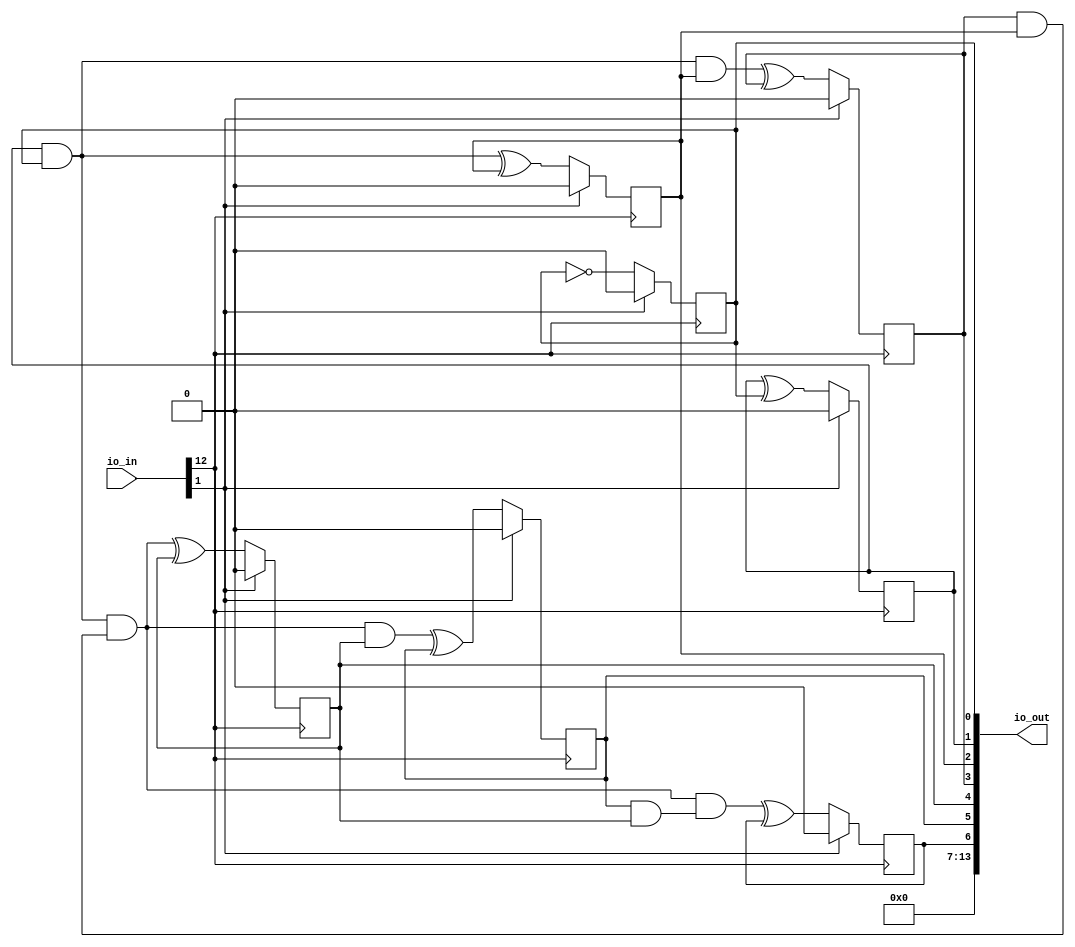
/* Generated by Yosys 0.25+83 (git sha1 755b753e1, aarch64-apple-darwin20.2-clang 10.0.0-4ubuntu1 -fPIC -Os) */

/* top =  1  */
/* src = "d43_mmx_counter/src/wrapper.v:2.9-13.18" */
module d43_mmx_counter(io_in, io_out);
  wire _00_;
  wire _01_;
  wire _02_;
  wire _03_;
  wire _04_;
  wire _05_;
  wire _06_;
  /* force_downto = 32'd1 */
  /* src = "d43_mmx_counter/src/wrapper.v:8.22-11.14|d43_mmx_counter/src/chip.v:20.24-20.38|/Users/anish/workspace/oss-cad-suite/libexec/../share/yosys/techmap.v:270.23-270.24" */
  wire [6:0] _07_;
  /* force_downto = 32'd1 */
  /* src = "d43_mmx_counter/src/wrapper.v:8.22-11.14|d43_mmx_counter/src/chip.v:20.24-20.38|/Users/anish/workspace/oss-cad-suite/libexec/../share/yosys/techmap.v:270.26-270.27" */
  wire [6:0] _08_;
  /* src = "d43_mmx_counter/src/wrapper.v:3.26-3.31" */
  input [13:0] io_in;
  wire [13:0] io_in;
  /* src = "d43_mmx_counter/src/wrapper.v:4.27-4.33" */
  output [13:0] io_out;
  wire [13:0] io_out;
  /* hdlname = "mchip clk" */
  /* src = "d43_mmx_counter/src/wrapper.v:8.22-11.14|d43_mmx_counter/src/chip.v:8.10-8.13" */
  wire \mchip.clk ;
  /* hdlname = "mchip counter" */
  /* src = "d43_mmx_counter/src/wrapper.v:8.22-11.14|d43_mmx_counter/src/chip.v:10.15-10.22" */
  reg [6:0] \mchip.counter ;
  /* hdlname = "mchip io_in" */
  /* src = "d43_mmx_counter/src/wrapper.v:8.22-11.14|d43_mmx_counter/src/chip.v:4.15-4.20" */
  /* unused_bits = "2 3 4 5 6 7" */
  wire [7:0] \mchip.io_in ;
  /* hdlname = "mchip io_out" */
  /* src = "d43_mmx_counter/src/wrapper.v:8.22-11.14|d43_mmx_counter/src/chip.v:5.16-5.22" */
  wire [7:0] \mchip.io_out ;
  /* hdlname = "mchip reset" */
  /* src = "d43_mmx_counter/src/wrapper.v:8.22-11.14|d43_mmx_counter/src/chip.v:9.10-9.15" */
  wire \mchip.reset ;
  assign _07_[0] = ~\mchip.counter [0];
  assign _08_[1] = \mchip.counter [1] ^ \mchip.counter [0];
  assign _00_ = \mchip.counter [1] & \mchip.counter [0];
  assign _08_[2] = _00_ ^ \mchip.counter [2];
  assign _01_ = _00_ & \mchip.counter [2];
  assign _08_[3] = _01_ ^ \mchip.counter [3];
  assign _02_ = ~(\mchip.counter [3] & \mchip.counter [2]);
  assign _03_ = _00_ & ~(_02_);
  assign _08_[4] = _03_ ^ \mchip.counter [4];
  assign _04_ = _03_ & \mchip.counter [4];
  assign _08_[5] = _04_ ^ \mchip.counter [5];
  assign _05_ = ~(\mchip.counter [5] & \mchip.counter [4]);
  assign _06_ = _03_ & ~(_05_);
  assign _08_[6] = _06_ ^ \mchip.counter [6];
  /* src = "d43_mmx_counter/src/wrapper.v:8.22-11.14|d43_mmx_counter/src/chip.v:13.5-22.8" */
  always @(posedge io_in[12])
    if (io_in[1]) \mchip.counter [0] <= 1'h0;
    else \mchip.counter [0] <= _07_[0];
  /* src = "d43_mmx_counter/src/wrapper.v:8.22-11.14|d43_mmx_counter/src/chip.v:13.5-22.8" */
  always @(posedge io_in[12])
    if (io_in[1]) \mchip.counter [1] <= 1'h0;
    else \mchip.counter [1] <= _08_[1];
  /* src = "d43_mmx_counter/src/wrapper.v:8.22-11.14|d43_mmx_counter/src/chip.v:13.5-22.8" */
  always @(posedge io_in[12])
    if (io_in[1]) \mchip.counter [2] <= 1'h0;
    else \mchip.counter [2] <= _08_[2];
  /* src = "d43_mmx_counter/src/wrapper.v:8.22-11.14|d43_mmx_counter/src/chip.v:13.5-22.8" */
  always @(posedge io_in[12])
    if (io_in[1]) \mchip.counter [3] <= 1'h0;
    else \mchip.counter [3] <= _08_[3];
  /* src = "d43_mmx_counter/src/wrapper.v:8.22-11.14|d43_mmx_counter/src/chip.v:13.5-22.8" */
  always @(posedge io_in[12])
    if (io_in[1]) \mchip.counter [4] <= 1'h0;
    else \mchip.counter [4] <= _08_[4];
  /* src = "d43_mmx_counter/src/wrapper.v:8.22-11.14|d43_mmx_counter/src/chip.v:13.5-22.8" */
  always @(posedge io_in[12])
    if (io_in[1]) \mchip.counter [5] <= 1'h0;
    else \mchip.counter [5] <= _08_[5];
  /* src = "d43_mmx_counter/src/wrapper.v:8.22-11.14|d43_mmx_counter/src/chip.v:13.5-22.8" */
  always @(posedge io_in[12])
    if (io_in[1]) \mchip.counter [6] <= 1'h0;
    else \mchip.counter [6] <= _08_[6];
  assign _07_[6:1] = \mchip.counter [6:1];
  assign _08_[0] = _07_[0];
  assign io_out = { 7'h00, \mchip.counter  };
  assign \mchip.clk  = io_in[12];
  assign \mchip.io_in  = { io_in[7:1], io_in[12] };
  assign \mchip.io_out  = { 1'h0, \mchip.counter  };
  assign \mchip.reset  = io_in[1];
endmodule